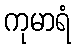
ကုမာရံ